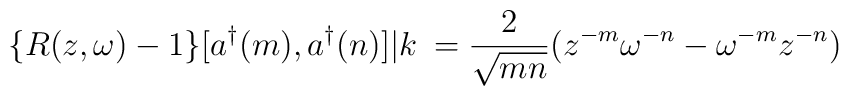
\{R(z,\omega) - 1\}[a^{\dag}(m),a^{\dag}(n)]|k\> = \frac {2}{\sqrt{mn}}(z^{-m}\omega^{-n}-\omega^{-m}z^{-n})